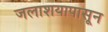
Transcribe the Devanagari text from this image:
जलाशयापासून